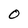
Character: O